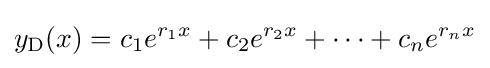
y_{\mathrm {D} }(x)=c_{1}e^{r_{1}x}+c_{2}e^{r_{2}x}+\cdots +c_{n}e^{r_{n}x}